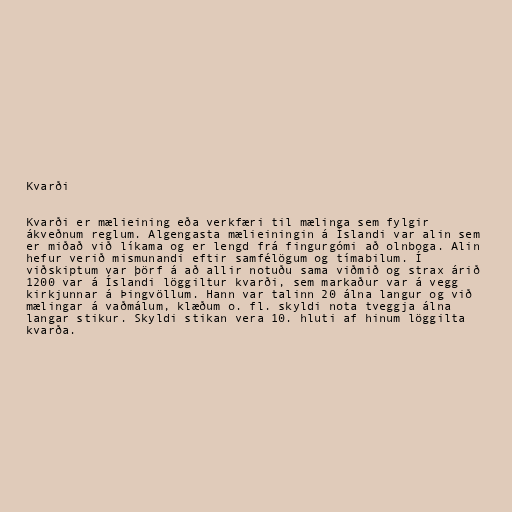
Kvarði

Kvarði er mælieining eða verkfæri til mælinga sem fylgir
ákveðnum reglum. Algengasta mælieiningin á Íslandi var alin sem
er miðað við líkama og er lengd frá fingurgómi að olnboga. Alin
hefur verið mismunandi eftir samfélögum og tímabilum. Í
viðskiptum var þörf á að allir notuðu sama viðmið og strax árið
1200 var á Íslandi löggiltur kvarði, sem markaður var á vegg
kirkjunnar á Þingvöllum. Hann var talinn 20 álna langur og við
mælingar á vaðmálum, klæðum o. fl. skyldi nota tveggja álna
langar stikur. Skyldi stikan vera 10. hluti af hinum löggilta
kvarða.